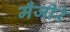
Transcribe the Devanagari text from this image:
मँजीरे